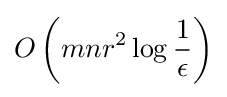
O\left(mnr^{2}\log {\frac {1}{\epsilon }}\right)